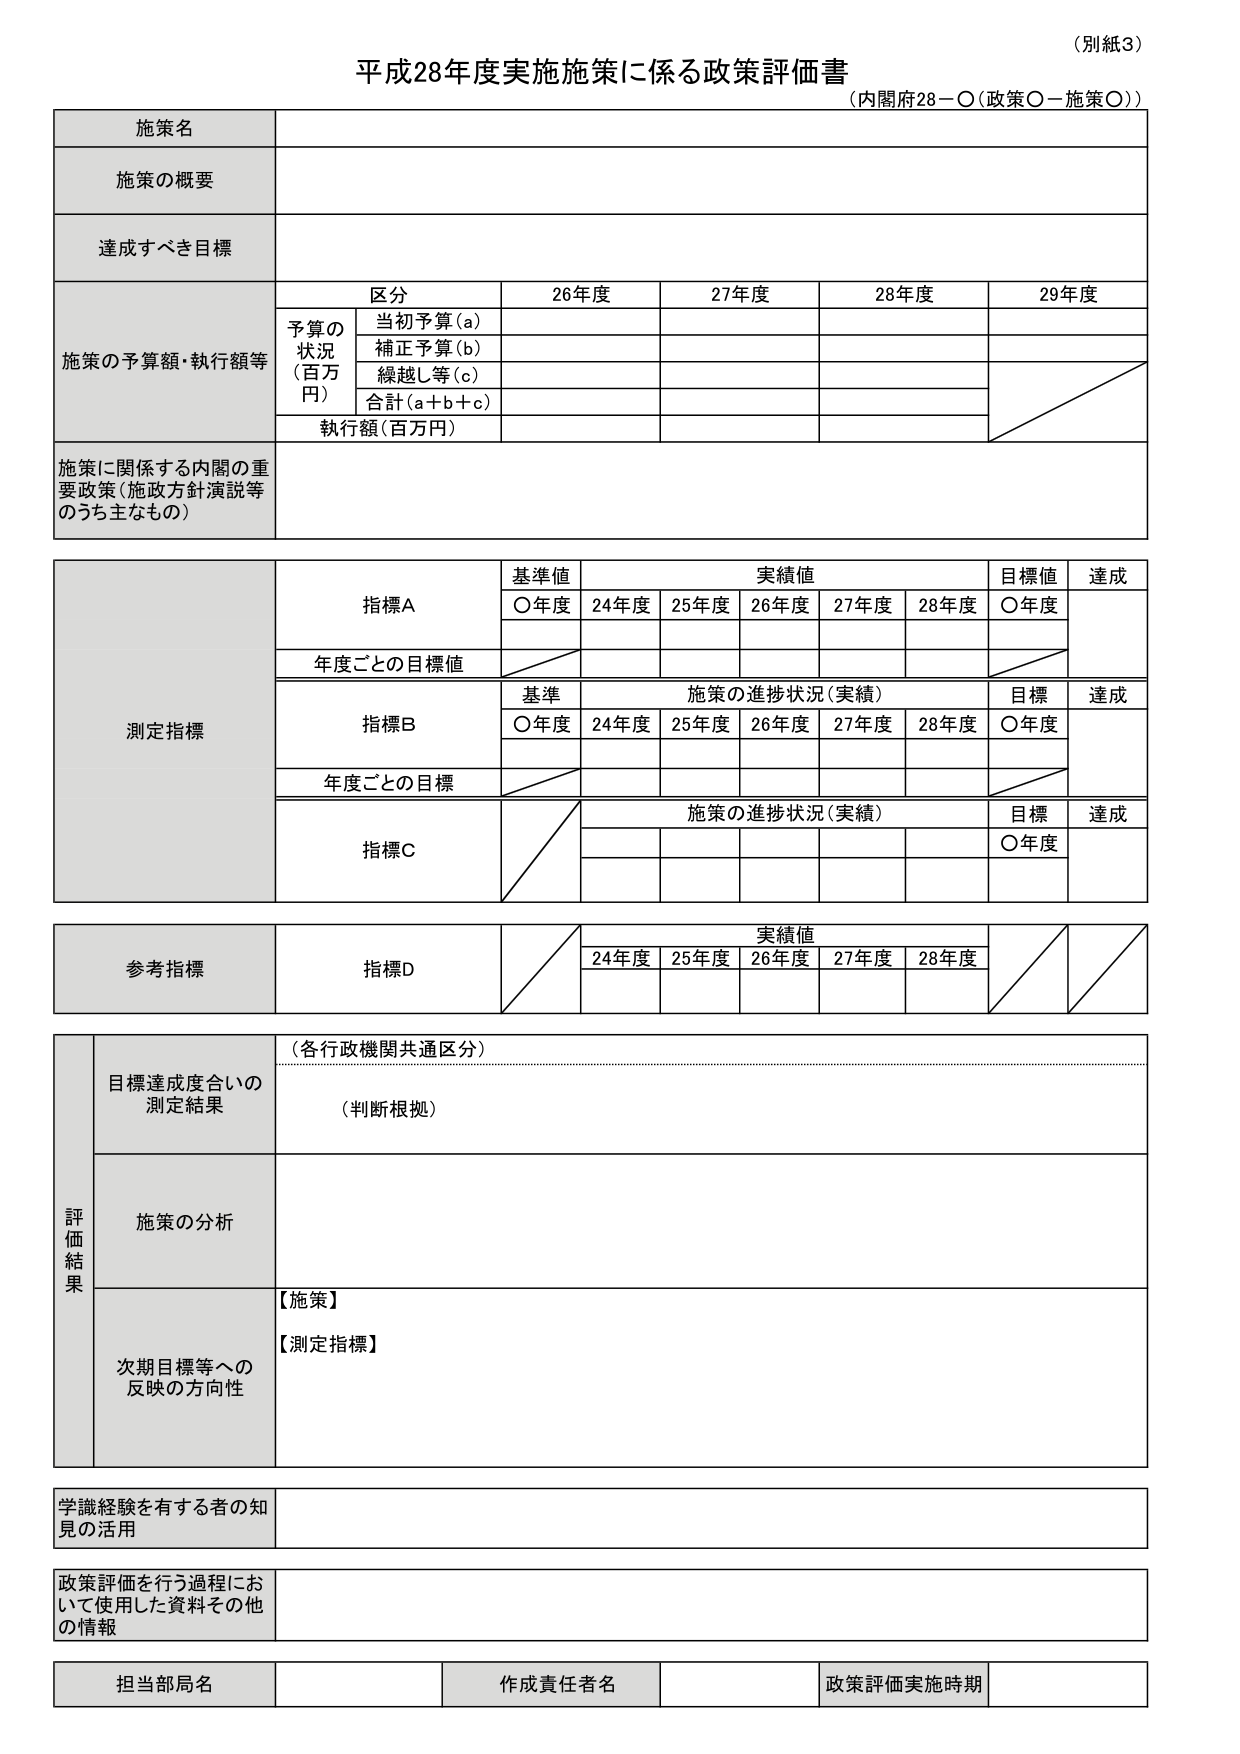
（別紙3）
平成28年度実施施策に係る政策評価書
（内閣府28－○（政策○－施策○））

施策名
施策の概要
達成すべき目標

施策の予算額・執行額等
区分　26年度　27年度　28年度　29年度
予算の状況（百万円）
　当初予算（a）
　補正予算（b）
　繰越し等（c）
　合計（a＋b＋c）
執行額（百万円）

施策に関係する内閣の重要政策（施政方針演説等のうち主なもの）

測定指標
　指標A
　　基準値　　実績値　　目標値　　達成
　　○年度　24年度　25年度　26年度　27年度　28年度　○年度
　　年度ごとの目標値
　指標B
　　基準　　施策の進捗状況（実績）　　目標　　達成
　　○年度　24年度　25年度　26年度　27年度　28年度　○年度
　　年度ごとの目標
　指標C
　　施策の進捗状況（実績）　　目標　　達成
　　○年度

参考指標
　指標D
　　実績値
　　24年度　25年度　26年度　27年度　28年度

評価結果
　目標達成度合いの測定結果
　　（各行政機関共通区分）
　　（判断根拠）
　施策の分析
　次期目標等への反映の方向性
　　【施策】
　　【測定指標】

学識経験を有する者の知見の活用

政策評価を行う過程において使用した資料その他の情報

担当部局名　作成責任者名　政策評価実施時期